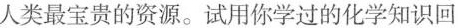
人类最宝贵的资源。试用你学过的化学知识回